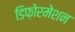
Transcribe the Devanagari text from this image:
डिफ़ोरमेशन